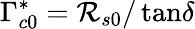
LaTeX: \Gamma_{c0}^{*}=\mathcal{R}_{s0}/\tan\! \delta